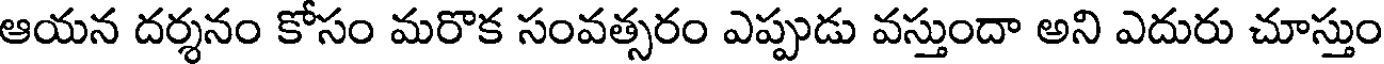
ఆయన దర్శనం కోసం మరొక సంవత్సరం ఎప్పుడు వస్తుందా అని ఎదురు చూస్తుం